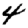
Digit: 4